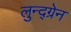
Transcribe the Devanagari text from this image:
लुन्द्ग्रेन